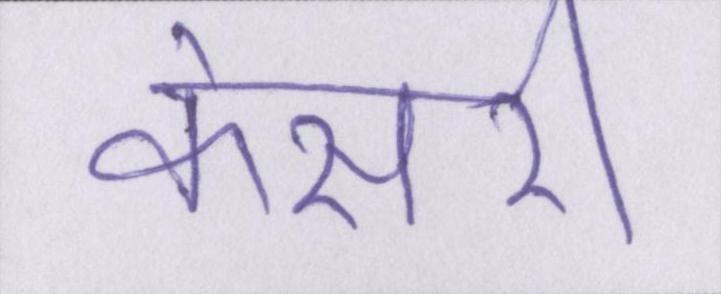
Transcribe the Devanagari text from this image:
केसरी